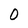
Character: 0